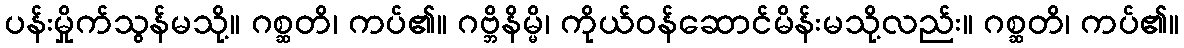
ပန်းမှိုက်သွန်မသို့။ ဂစ္ဆတိ၊ ကပ်၏။ ဂဗ္ဘိနိမ္မိ၊ ကိုယ်ဝန်ဆောင်မိန်းမသို့လည်း။ ဂစ္ဆတိ၊ ကပ်၏။